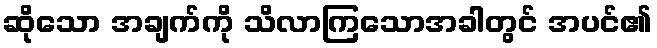
ဆိုသော အချက်ကို သိလာကြသောအခါတွင် အပင်၏